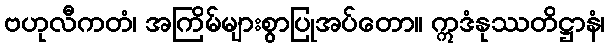
ဗဟုလီကတံ၊ အကြိမ်များစွာပြုအပ်တော။ ဣဒံနုဿတိဋ္ဌာနံ၊